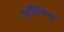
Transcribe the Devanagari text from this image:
ऑर्डिनेन्स